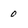
Character: 0